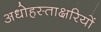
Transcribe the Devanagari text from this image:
अधोहस्ताक्षरियों